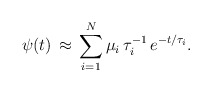
\begin{align*}\psi(t) \, \approx \, \sum\limits_{i=1}^N \mu_{i}\,\tau_{i}^{-1}\,e^{-t/\tau_{i}}.\end{align*}